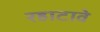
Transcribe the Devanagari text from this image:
रहाटावे